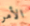
الأمر